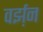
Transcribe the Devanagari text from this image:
वर्झ़न